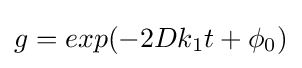
g=exp(-2Dk_{1}t+\phi _{0})